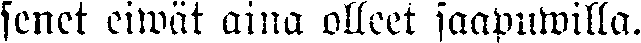
senet eiwät aina olleet saapumilla.